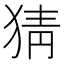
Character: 猜